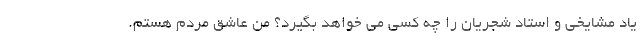
یاد مشایخی و استاد شجریان را چه کسی می خواهد بگیرد؟ من عاشق مردم هستم.